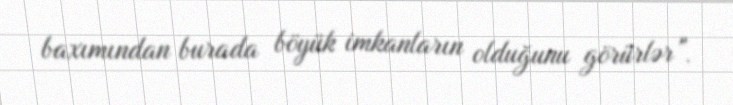
baxımından burada böyük imkanların olduğunu görürlər”.